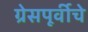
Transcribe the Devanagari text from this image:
ग्रेसपूर्वीचे